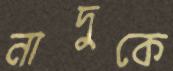
নাদুকে